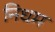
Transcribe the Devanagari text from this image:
निधम